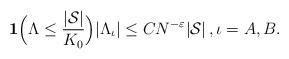
LaTeX: \begin{align*}\mathbf{1}\Big(\Lambda\leq \frac{|\mathcal{S}|}{K_0}\Big) |\Lambda_\iota| \leq C N^{-\varepsilon} |\mathcal{S}|\,,\iota=A, B. \end{align*}